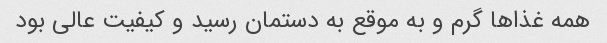
همه غذاها گرم و به موقع به دستمان رسید و کیفیت عالی بود